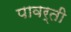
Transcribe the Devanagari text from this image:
पावर्ती